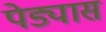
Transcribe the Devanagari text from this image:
पेड्यास